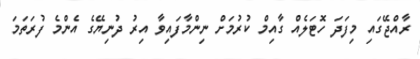
ރާއްޖޭގައި މިފަދަ ހޮޓަލެއް ގާއިމް ކުރުމަށް ނިންމާފައިވާ އިރު ދުނިޔޭގެ އެންމެ ފުރަތަމަ